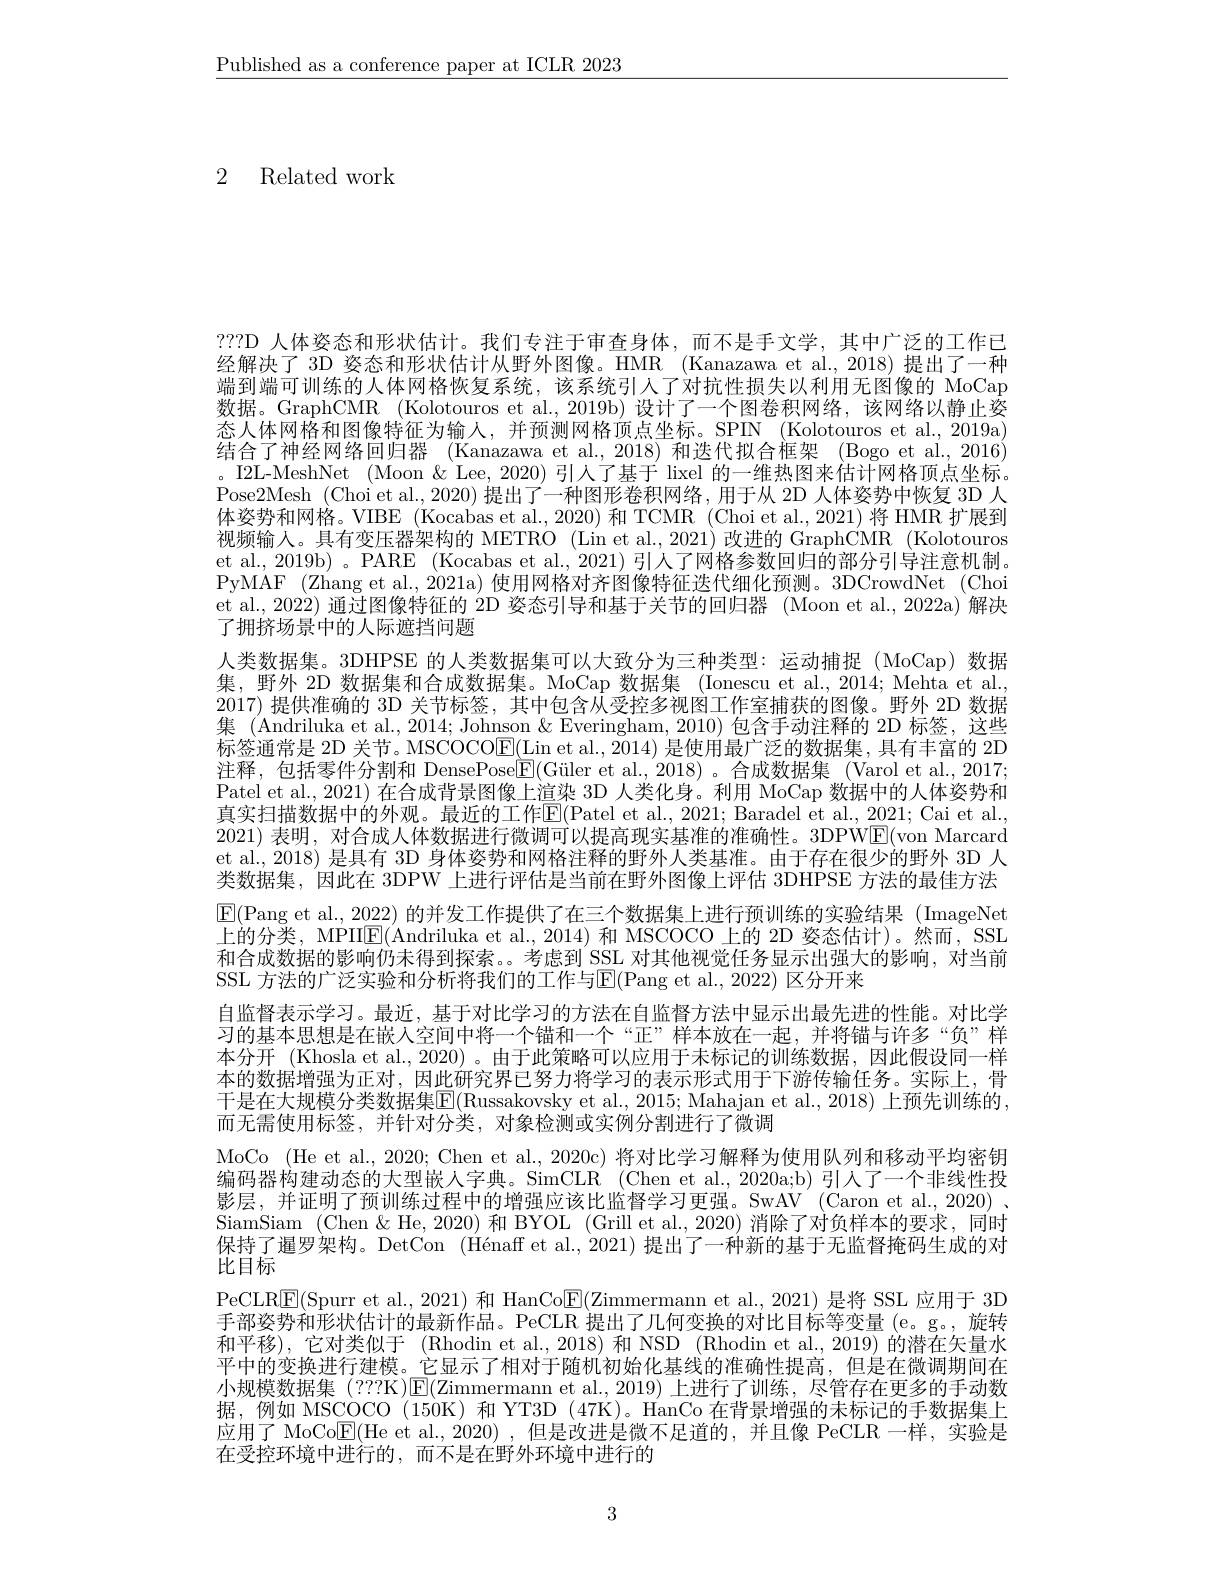
$\underline{\text{Published as a conference paper at ICLR 2023}}$

2 Related work

???D 人体姿态和形状估计。我们专注于审查身体，而不是手文学，其中广泛的工作已经解决了 3D 姿态和形状估计从野外图像。HMR (Kanazawa et al.,2018) 提出了一种端到端可训练的人体网格恢复系统，该系统引人了对抗性损失以利用无图像的 MoCap 数据。GraphCMR (Kolotouros et al., 2019b) 设计了一个图卷积网络，该网络以静止姿态人体网格和图像特征为输人，并预测网格顶点坐标。SPIN (Kolotouros et al., 2019a) 结合了神经网络回归器 (Kanazawa et al.,2018)和迭代拟合框架 (Bogo et al., 2016) 。I2L-MeshNet (Moon & Lee, 2020) 引人了基于 lixel 的一维热图来估计网格顶点坐标。Pose2Mesh (Choi et al., 2020) 提出了一种图形卷积网络，用于从 2D 人体姿势中恢复 3D 人体姿势和网格。VIBE (Kocabas et al.,2020) 和 TCMR (Choi et al.,2021) 将 HMR 扩展到视频输人。具有变压器架构的 METRO (Lin et al., 2021) 改进的 GraphCMR (Kolotouros et al., 2019b) 。PARE (Kocabas et al., 2021) 引人了网格参数回归的部分引导注意机制。PyMAF (Zhang et al., 2021a) 使用网格对齐图像特征迭代细化预测。3DCrowdNet (Choi et al., 2022) 通过图像特征的 2D 姿态引导和基于关节的回归器 (Moon et al., 2022a) 解决了拥挤场景中的人际遮挡问题
人类数据集。3DHPSE 的人类数据集可以大致分为三种类型：运动捕捉(MoCap)数据集，野外 2D 数据集和合成数据集。MoCap 数据集 (Ionescu et al.,2014; Mehta et al., 2017) 提供准确的 3D 关节标签，其中包含从受控多视图工作室捕获的图像。野外 2D 数据集 (Andriluka et al., 2014; Johnson & Everingham, 2010) 包含手动注释的 2D 标签，这些标签通常是 2D 关节。MSCOCO$\underline{\mathrm{E}}(\underline{\mathrm{Lin~et~al.,~2014}})$是使用最广泛的数据集，具有丰富的 2D 注释，包括零件分割和 DensePose$\boxed{\mathrm{F}}($Güler et al.,2018)。合成数据集(Varol et al.,2017; Patel et al., 2021) 在合成背景图像上渲染 3D 人类化身。利用 MoCap 数据中的人体姿势和真实扫描数据中的外观。最近的工作E(Patel et al., 2021; Baradel et al., 2021; Cai et al., 2021) 表明，对合成人体数据进行微调可以提高现实基准的准确性。3DPW$\boxed{\mathrm{E}}($von Marcard et al., 2018) 是具有 3D 身体姿势和网格注释的野外人类基准。由于存在很少的野外 3D 人类数据集，因此在 3DPW 上进行评估是当前在野外图像上评估 3DHPSE 方法的最佳方法$\boxed{\mathrm{E}}($Pang et al., 2022) 的并发工作提供了在三个数据集上进行预训练的实验结果(ImageNet 上的分类，MPIIIE(Andriluka et al., 2014) 和 MSCOCO 上的 2D 姿态估计)。然而，SSL 和合成数据的影响仍未得到探索。。考虑到 SSL 对其他视觉任务显示出强大的影响，对当前SSL 方法的广泛实验和分析将我们的工作与$\overline{\mathrm{E}}($Pang et al., 2022) 区分开来
自监督表示学习。最近，基于对比学习的方法在自监督方法中显示出最先进的性能。对比学习的基本思想是在嵌入空间中将一个锚和一个“正”样本放在一起，并将锚与许多“负”样本分开 (Khosla et al., 2020)。由于此策略可以应用于未标记的训练数据，因此假设同一样本的数据增强为正对，因此研究界已努力将学习的表示形式用于下游传输任务。实际上，骨干是在大规模分类数据集$\overline{\mathbb{E}}($Russakovsky et al., 2015; Mahajan et al., 2018) 上预先训练的， 而无需使用标签，并针对分类，对象检测或实例分割进行了微调
MoCo (He et al., 2020; Chen et al., 2020c) 将对比学习解释为使用队列和移动平均密钥编码器构建动态的大型嵌人字典。SimCLR (Chen et al., 2020a;b) 引人了一个非线性投影层，并证明了预训练过程中的增强应该比监督学习更强。SwAV (Caron et al.,2020) , SiamSiam (Chen& $\&$ He, 2020) 和 BYOL (Grill et al., 2020) 消除了对负样本的要求，同时保持了暹罗架构。DetCon (Hénaff et al., 2021) 提出了一种新的基于无监督掩码生成的对比目标
PeCLR$\boxed{\mathrm{F}}($Spurr et al.,2021) 和 HanCo$\boxed{\mathrm{E}}($Zimmermann et al.,2021) 是将 SSL 应用于 3D 手部姿势和形状估计的最新作品。PeCLR 提出了几何变换的对比目标等变量 (e。g。, 旋转和平移),它对类似于 (Rhodin et al.,2018) 和 NSD (Rhodin et al.,2019) 的潜在矢量水平中的变换进行建模。它显示了相对于随机初始化基线的准确性提高，但是在微调期间在小规模数据集 (???K)E(Zimmermann et al.,2019)上进行了训练，尽管存在更多的手动数据，例如 MSCOCO (150K) 和 YT3D (47K)。HanCo 在背景增强的未标记的手数据集上应用了 MoCo$\underline{\mathrm{E}}($He et al.,2020) ,但是改进是微不足道的，并且像 PeCLR 一样，实验是在受控环境中进行的，而不是在野外环境中进行的

3